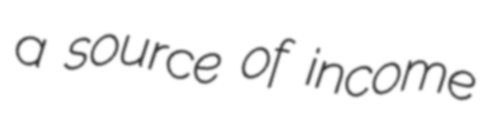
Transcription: a source of income